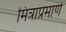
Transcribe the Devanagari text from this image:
मित्रांप्रमाणे